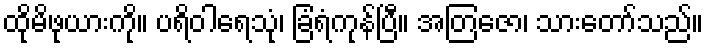
ထိုမိဖုယားကို။ ပရိဝါရေသုံ၊ ခြံရံကုန်ပြီ။ အတြဇော၊ သားတော်သည်။